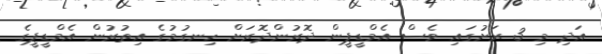
އަދި މި 3 ރަށުގައި ވެސް އެމްޑީޕީން ދޮރުންދޮރަށް ހިނގުމުގެ އިތުރުން އެމްޑީޕީގެ